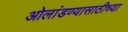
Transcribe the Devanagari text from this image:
ओलांडण्यासाठीच्या